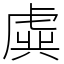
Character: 虡